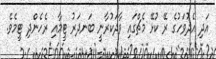
އަދި އެދުވަހުގެ ރޭ ކުޅޭ މެޗްގައި ވާދަކުރާނީ ބަނދަރު ޓީމާއި ރެހެންދި ޓީމެވެ.